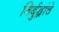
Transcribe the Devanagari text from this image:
निर्बुद्धांचे